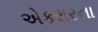
એકરારના